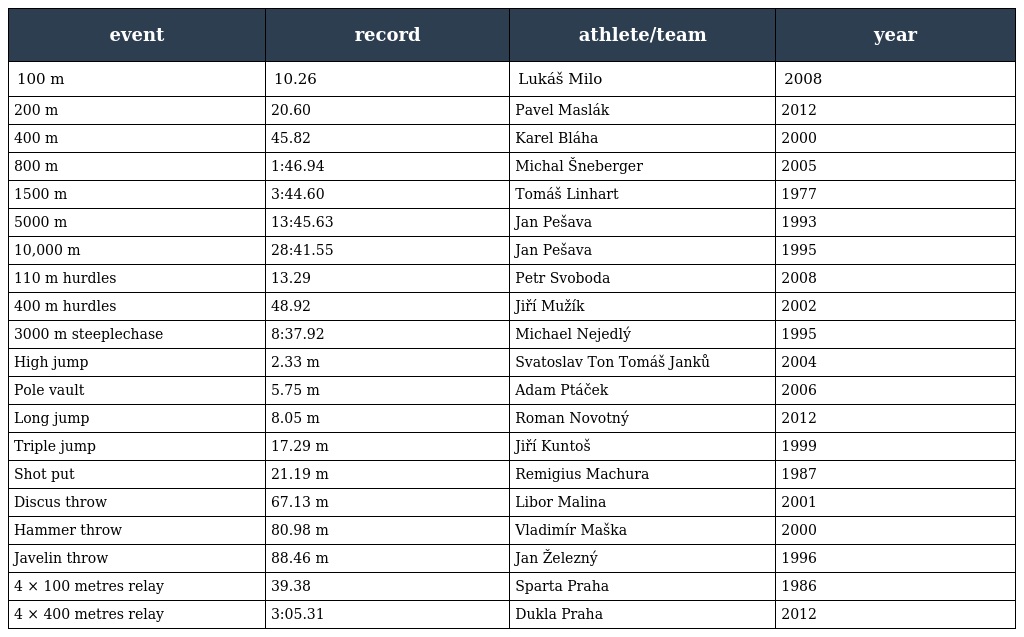
| event | record | athlete/team | year |
 | --- | --- | --- | --- |
 | 100 m | 10.26 | Lukáš Milo | 2008 |
 | 200 m | 20.60 | Pavel Maslák | 2012 |
 | 400 m | 45.82 | Karel Bláha | 2000 |
 | 800 m | 1:46.94 | Michal Šneberger | 2005 |
 | 1500 m | 3:44.60 | Tomáš Linhart | 1977 |
 | 5000 m | 13:45.63 | Jan Pešava | 1993 |
 | 10,000 m | 28:41.55 | Jan Pešava | 1995 |
 | 110 m hurdles | 13.29 | Petr Svoboda | 2008 |
 | 400 m hurdles | 48.92 | Jiří Mužík | 2002 |
 | 3000 m steeplechase | 8:37.92 | Michael Nejedlý | 1995 |
 | High jump | 2.33 m | Svatoslav Ton Tomáš Janků | 2004 |
 | Pole vault | 5.75 m | Adam Ptáček | 2006 |
 | Long jump | 8.05 m | Roman Novotný | 2012 |
 | Triple jump | 17.29 m | Jiří Kuntoš | 1999 |
 | Shot put | 21.19 m | Remigius Machura | 1987 |
 | Discus throw | 67.13 m | Libor Malina | 2001 |
 | Hammer throw | 80.98 m | Vladimír Maška | 2000 |
 | Javelin throw | 88.46 m | Jan Železný | 1996 |
 | 4 × 100 metres relay | 39.38 | Sparta Praha | 1986 |
 | 4 × 400 metres relay | 3:05.31 | Dukla Praha | 2012 |